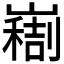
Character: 𫶚